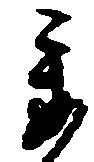
委